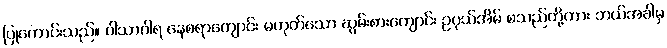
ပြုကောင်းသည်။ ဝါသာဂါရ နေစရာကျောင်း မဟုတ်သော ဆွမ်းစားကျောင်း ဥပုသ်အိမ် စသည်တို့ကား ဘယ်အခါမှ